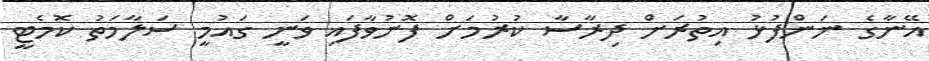
އޭނާގެ ނަންފުޅު އިތުރަށް ދިރާސާ ކުރުމަށް ފޮނުވާފައި ވަނީ ގައުމީ ސަލާމަތު ކޮމެޓީ